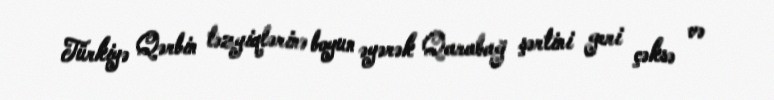
Türkiyə Qərbin təzyiqlərinə boyun əyərək Qarabağ şərtini geri çəksə və